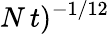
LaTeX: N\, t)^{-1/12}